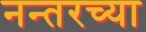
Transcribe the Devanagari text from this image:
नन्तरच्या